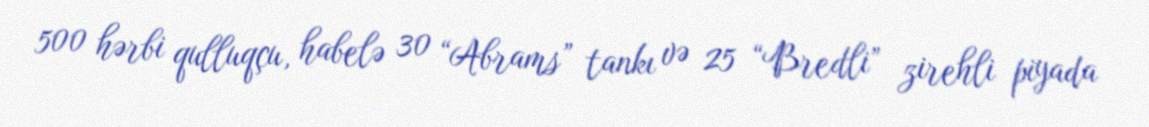
500 hərbi qulluqçu, habelə 30 “Abrams” tankı və 25 “Bredli” zirehli piyada